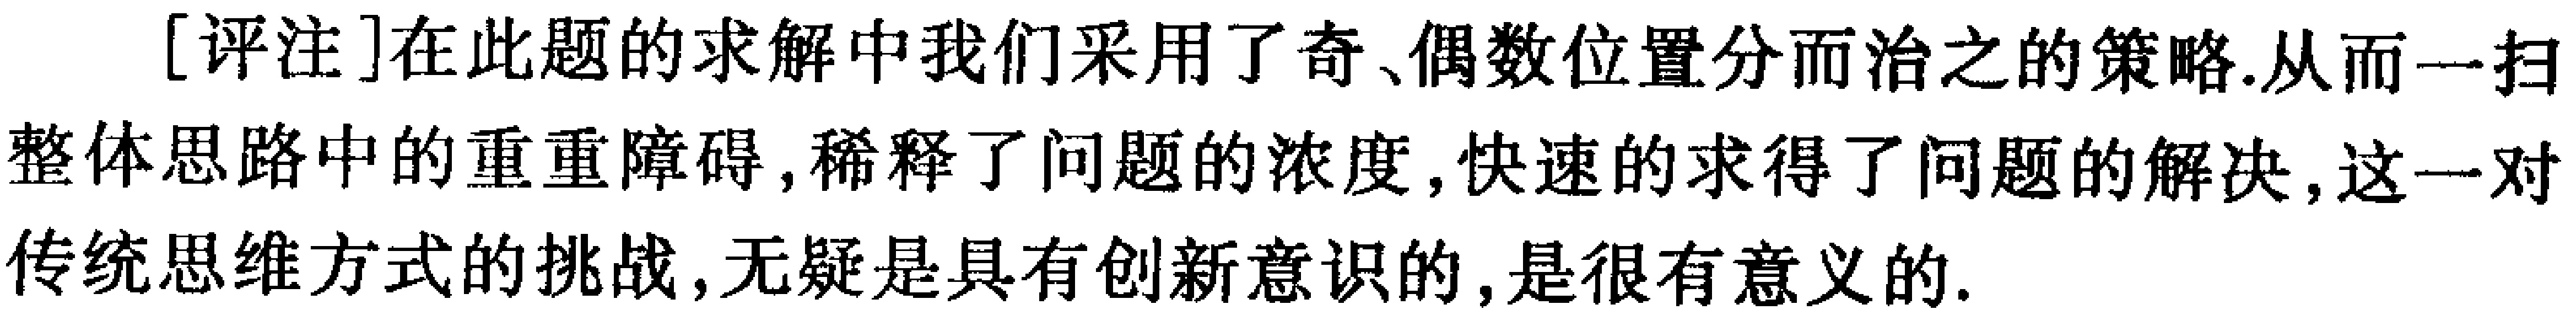
[评注]在此题的求解中我们采用了奇、偶数位置分而治之的策略,从而一扫整体思路中的重重障碍,稀释了问题的浓度,快速的求得了问题的解决,这一对传统思维方式的挑战,无疑是具有创新意识的,是很有意义的.